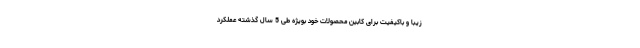
زیبا و باکیفیت برای کابین محصولات خود بویژه طی 5 سال گذشته عملکرد